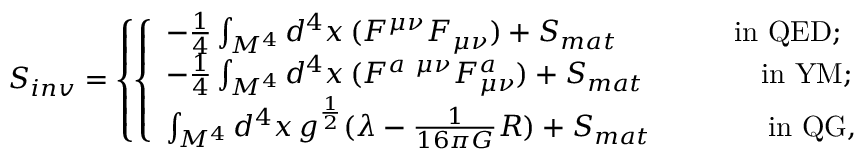
{ \cal S } _ { i n v } = \left\{ \left\{ \begin{array} { l l } { { - \frac { 1 } { 4 } \int _ { M ^ { 4 } } d ^ { 4 } x \, ( F ^ { \mu \nu } F _ { \mu \nu } ) + { \cal S } _ { m a t } \qquad \qquad \mathrm { i n ~ Q E D ; } } } \\ { { - \frac { 1 } { 4 } \int _ { M ^ { 4 } } d ^ { 4 } x \, ( F ^ { a ~ \mu \nu } F _ { \mu \nu } ^ { a } ) + { \cal S } _ { m a t } \qquad \qquad \mathrm { i n ~ Y M ; } } } \\ { { \int _ { M ^ { 4 } } d ^ { 4 } x \, g ^ { \frac { 1 } { 2 } } ( \lambda - \frac { 1 } { 1 6 \pi G } R ) + { \cal S } _ { m a t } \qquad \qquad \mathrm { i n ~ Q G } , } } \end{array} \right. \right.